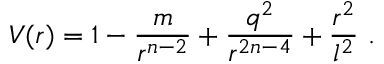
V ( r ) = 1 - \frac { m } { r ^ { n - 2 } } + \frac { q ^ { 2 } } { r ^ { 2 n - 4 } } + \frac { r ^ { 2 } } { l ^ { 2 } } \ .